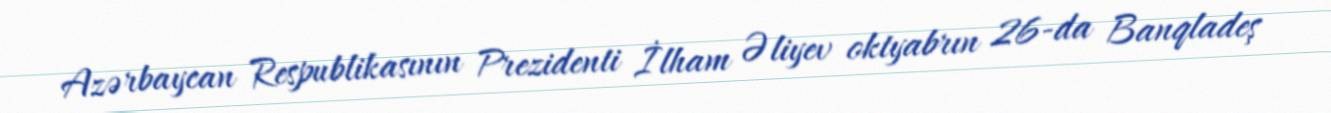
Azərbaycan Respublikasının Prezidenti İlham Əliyev oktyabrın 26-da Banqladeş